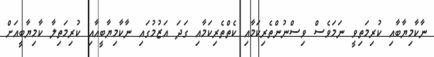
ނާކާމިޔާބާއި ކުރިމަތިވީ ނަމަވެސް ވިސްނުންތެރިކަމާއި ކެތްތެރިކަމާއި ގަދަ އަޒުމުގައި ނާކާމިޔާބީއާއި ކުރިމަތިލާ ކާމިޔާބީއަށް